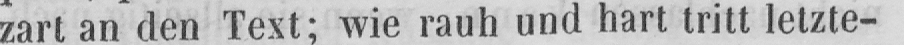
zart an den Text; wie rauh und hart tritt letzte-